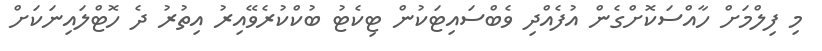
މި ފިލްމަށް ހާއްސަކޮށްގެން އުފެއްދި ވެބްސައިޓަކުން ޓިކެޓު ބުކްކުރެވޭއިރު އިތުރު ދެ ހޮޓްލައިނަކަށް